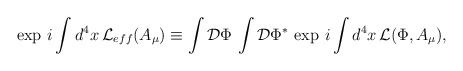
\begin{align*}\exp \,i\int d^4x\,{\cal L}_{eff}(A_{\mu})\equiv\int{\cal D}\Phi\, \int{\cal D}\Phi^*\,\exp \,i\int d^4x\,{\cal L}(\Phi, A_{\mu}),\end{align*}